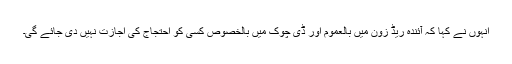
انہوں نے کہا کہ آئندہ ریڈ زون میں بالعموم اور ڈی چوک میں بالخصوص کسی کو احتجاج کی اجازت نہیں دی جائے گی۔